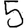
Digit: 5